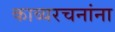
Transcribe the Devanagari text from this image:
काव्यरचनांना